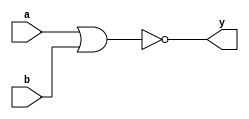
// Code for xor gate
module xor_gate(
  input a,
  input b,
  output y
);
 nor(y,a,b);
 endmodule